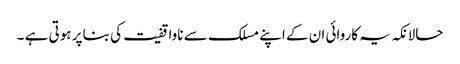
حالانکہ یہ کاروائی ان کے اپنے مسلک سے ناواقفیت کی بنا پر ہوتی ہے ۔